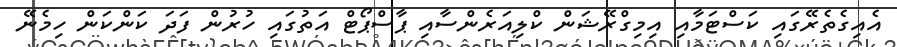
އެއިގެތެރޭގައި ކަސްޓަމާއި އިމިގްރޭޝަން ކްލިއަރެންސާއި ޕާސްޕޯޓް އަތުގައި ހުރުން ފަދަ ކަންކަން ހިމެނޭ